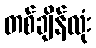
တစ်ချိန်လုံး